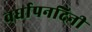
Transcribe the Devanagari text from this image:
वर्धापनदिनी